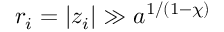
r _ { i } = | z _ { i } | \gg a ^ { 1 / ( 1 - \chi ) }